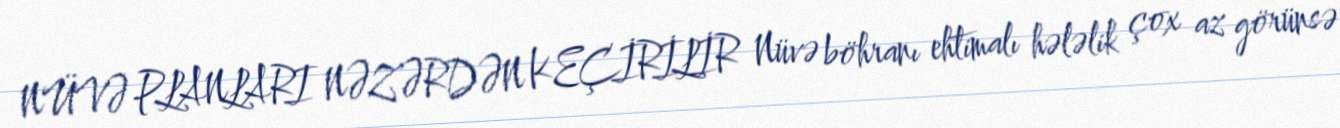
NÜVƏ PLANLARI NƏZƏRDƏN KEÇİRİLİR Nüvə böhranı ehtimalı hələlik çox az görünsə